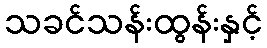
သခင်သန်းထွန်းနှင့်